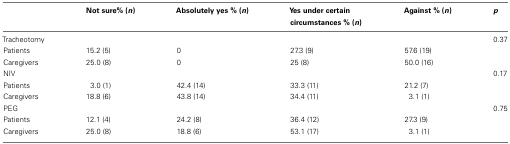
<table><thead><tr><td></td><td><b>Not sure% (<i>n</i>)</b></td><td><b>Absolutely yes % (<i>n</i>)</b></td><td><b>Yes under certain circumstances % (<i>n</i>)</b></td><td><b>Against % (<i>n</i>)</b></td><td><b><i>p</i></b></td></tr></thead><tbody><tr><td>Tracheotomy</td><td></td><td></td><td></td><td></td><td>0.37</td></tr><tr><td>Patients</td><td>15.2 (5)</td><td>0</td><td>27.3 (9)</td><td>57.6 (19)</td><td></td></tr><tr><td>Caregivers</td><td>25.0 (8)</td><td>0</td><td>25 (8)</td><td>50.0 (16)</td><td></td></tr><tr><td>NIV</td><td></td><td></td><td></td><td></td><td>0.17</td></tr><tr><td>Patients</td><td>3.0 (1)</td><td>42.4 (14)</td><td>33.3 (11)</td><td>21.2 (7)</td><td></td></tr><tr><td>Caregivers</td><td>18.8 (6)</td><td>43.8 (14)</td><td>34.4 (11)</td><td>3.1 (1)</td><td></td></tr><tr><td>PEG</td><td></td><td></td><td></td><td></td><td>0.75</td></tr><tr><td>Patients</td><td>12.1 (4)</td><td>24.2 (8)</td><td>36.4 (12)</td><td>27.3 (9)</td><td></td></tr><tr><td>Caregivers</td><td>25.0 (8)</td><td>18.8 (6)</td><td>53.1 (17)</td><td>3.1 (1)</td><td></td></tr></tbody></table>